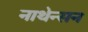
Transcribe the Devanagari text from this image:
नाथेन्सन